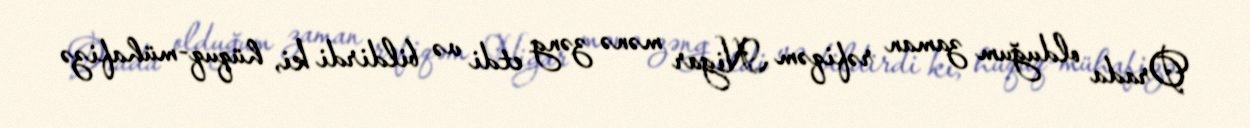
Orada olduğum zaman rəfiqəm Nigar mənə zəng etdi və bildirdi ki, hüquq-mühafizə